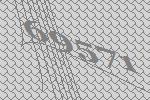
69571